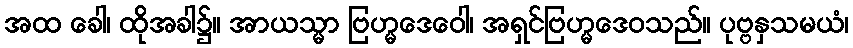
အထ ခေါ၊ ထိုအခါ၌။ အာယသ္မာ ဗြဟ္မဒေဝေါ၊ အရှင်ဗြဟ္မဒေဝသည်။ ပုဗ္ဗနှသမယံ၊